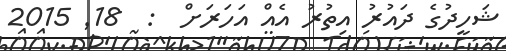
ޝަހީދުގެ ދައުރު އިތުރު އެއް އަހަރަށް  :  18